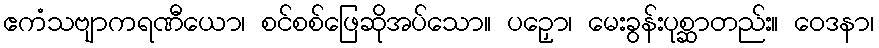
ဧကံသဗျာကရဏီယော၊ စင်စစ်ဖြေဆိုအပ်သော။ ပဉှော၊ မေးခွန်းပုစ္ဆာတည်း။ ဝေဒနာ၊